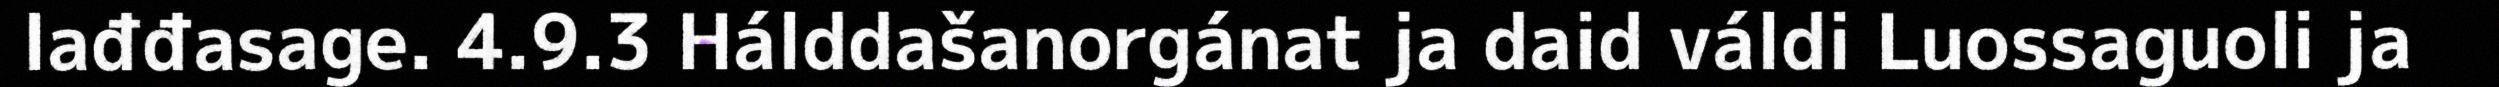
lađđasage. 4.9.3 Hálddašanorgánat ja daid váldi Luossaguoli ja